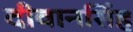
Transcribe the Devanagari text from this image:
दीवानसिंह